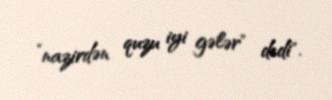
”nazirdən quzu iyi gələr" dedi".